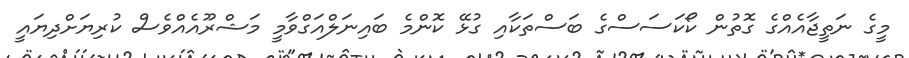
މީގެ ނަތީޖާއެއްގެ ގޮތުން ކޯކަސަސްގެ ބަސްތަކާއި ގުޅޭ ކޮންމެ ބައިނަލްއަގްވާމީ މަޝްރޫއެއްވެސް ކުރިޔަށްދިޔައީ